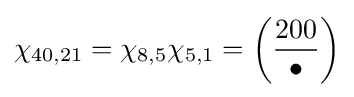
\chi _{40,21}=\chi _{8,5}\chi _{5,1}=\left({\frac {200}{\bullet }}\right)